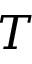
T